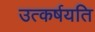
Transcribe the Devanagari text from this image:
उत्कर्षयति